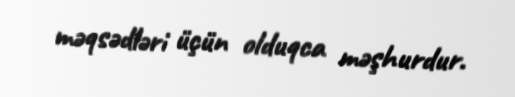
məqsədləri üçün olduqca məşhurdur.